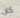
كان